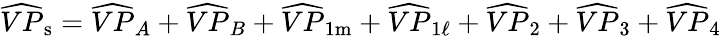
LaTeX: \widehat{VP}_{\mathrm{s}}=\widehat{VP}_{A}+\widehat{VP}_{B}+\widehat{VP}_{1\mathrm{m}}+\widehat{VP}_{1\ell}+\widehat{VP}_{2}+\widehat{VP}_{3}+\widehat{VP}_{4}